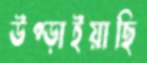
উপ্‌ড়াইয়াছি